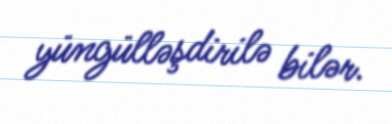
yüngülləşdirilə bilər.